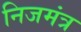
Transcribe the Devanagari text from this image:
निजमंत्र